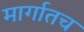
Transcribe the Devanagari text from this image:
मार्गातच